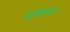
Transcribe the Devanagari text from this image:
प्रक्ल्प